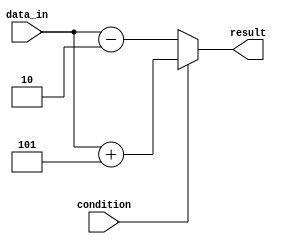
module if_else_statement (
    input wire condition,
    input wire [3:0] data_in,
    output reg [3:0] result
);

always @(condition or data_in) begin
    if (condition) begin
        // execute these statements if condition is true
        result = data_in + 4'b0101; // Just an example operation, you can modify this line as required
    end else begin
        // execute these statements if condition is false
        result = data_in - 4'b0010; // Just an example operation, you can modify this line as required
    end
end

endmodule